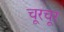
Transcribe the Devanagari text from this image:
चूरचूर